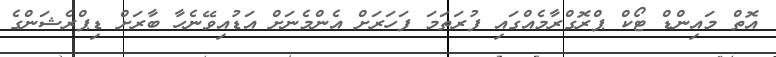
އޮތް މައިންޑް ޓޯކް ޕްރޮގްރާމެއްގައި ފުރަތަމަ ފަހަރަށް އެންމެނަށް އަޑުއިވޭނެހާ ބާރަށް ޑިޕްރެޝަންގެ